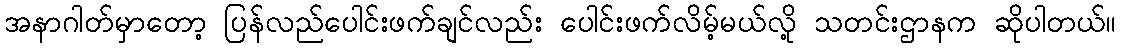
အနာဂါတ်မှာတော့ ပြန်လည်ပေါင်းဖက်ချင်လည်း ပေါင်းဖက်လိမ့်မယ်လို့ သတင်းဌာနက ဆိုပါတယ်။